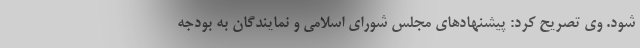
شود. وی تصریح کرد: پیشنهادهای مجلس شورای اسلامی و نمایندگان به بودجه